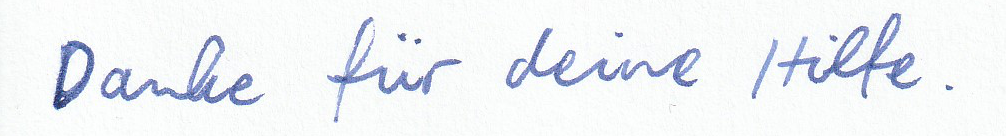
Danke für deine Hilfe.